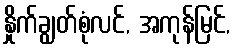
နှိုက်ချွတ်စုံလင်, အကုန်မြင်,